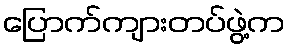
ပြောက်ကျားတပ်ဖွဲ့က